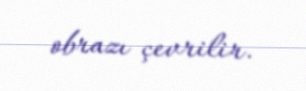
obrazı çevrilir.